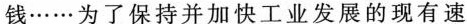
钱……为了保持并加快工业发展的现有速